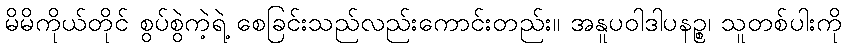
မိမိကိုယ်တိုင် စွပ်စွဲကဲ့ရဲ့ စေခြင်းသည်လည်းကောင်းတည်း။ အနူပဝါဒါပနဉ္စ၊ သူတစ်ပါးကို